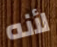
لأنه